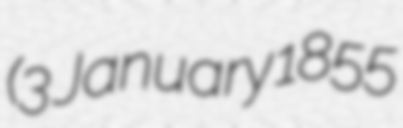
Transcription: (3 January 1855